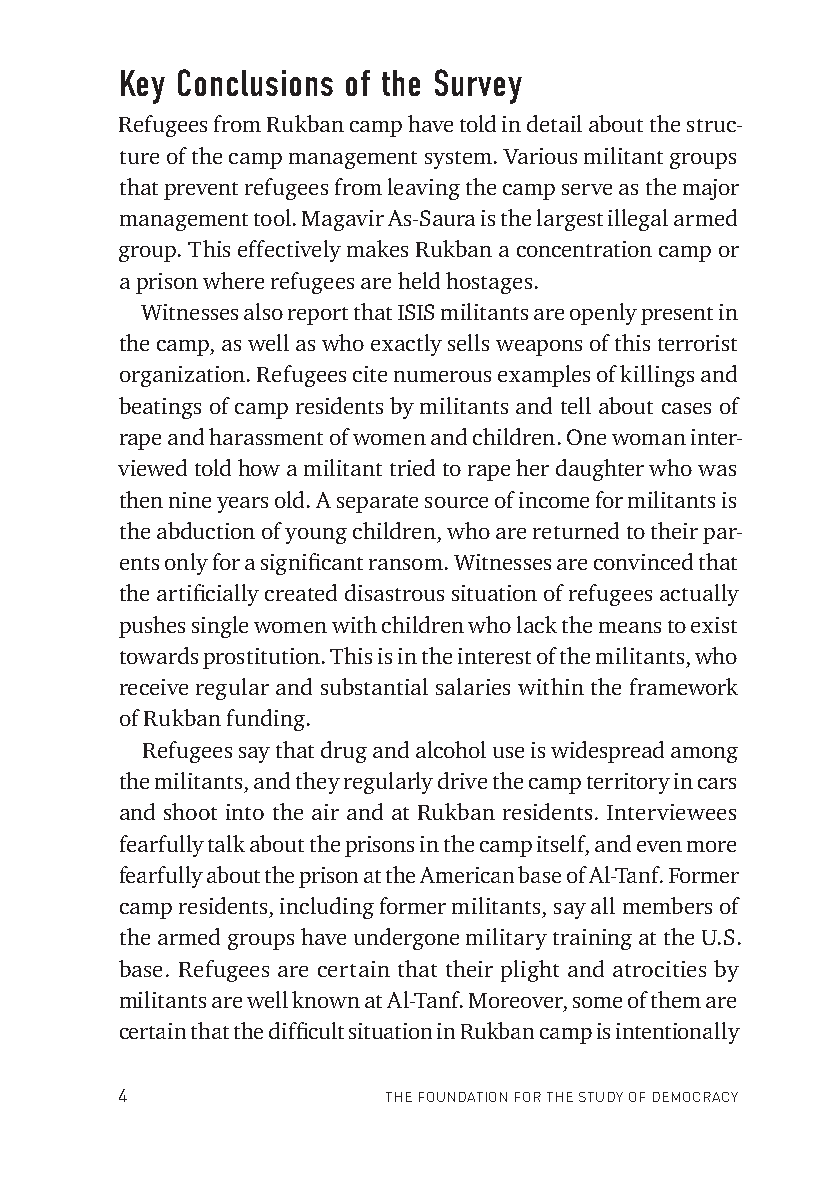
Key Conclusions of the Survey
 Refugees from Rukban camp have told in detail about the struc-
 ture of the camp management system. Various militant groups
 that prevent refugees from leaving the camp serve as the major
 management tool. Magavir As-Saura is the largest illegal armed
 group. This effectively makes Rukban a concentration camp or
 a prison where refugees are held hostages.
 Witnesses also report that ISIS militants are openly present in
 the camp, as well as who exactly sells weapons of this terrorist
 organization. Refugees cite numerous examples of killings and
 beatings of camp residents by militants and tell about cases of
 rape and harassment of women and children. One woman inter-
 viewed told how a militant tried to rape her daughter who was
 then nine years old. A separate source of income for militants is
 the abduction of young children, who are returned to their par-
 ents only for a signifi cant ransom. Witnesses are convinced that
 the artifi cially created disastrous situation of refugees actually
 pushes single women with children who lack the means to exist
 towards prostitution. This is in the interest of the militants, who
 receive regular and substantial salaries within the framework
 of Rukban funding.
 Refugees say that drug and alcohol use is widespread among
 the militants, and they regularly drive the camp territory in cars
 and shoot into the air and at Rukban residents. Interviewees
 fearfully talk about the prisons in the camp itself, and even more
 fearfully about the prison at the American base of Al-Tanf. Former
 camp residents, including former militants, say all members of
 the armed groups have undergone military training at the U.S.
 base. Refugees are certain that their plight and atrocities by
 militants are well known at Al-Tanf. Moreover, some of them are
 certain that the diffi cult situation in Rukban camp is intentionally
 4                THE FOUNDATION FOR THE STUDY OF DEMOCRACY